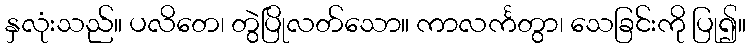
နှလုံးသည်။ ပလိတေ၊ တွဲပြိုလတ်သော။ ကာလင်္ကတွာ၊ သေခြင်းကို ပြု၍။